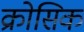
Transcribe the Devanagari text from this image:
क्रोसिक